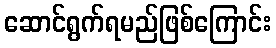
ဆောင်ရွက်ရမည်ဖြစ်ကြောင်း